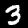
Label: 3